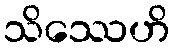
သိဿေဟိ